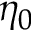
\eta _ { 0 }